Vaccination United Provinces of Agra and Oudh 1902-1913 - 1902-1913
Year: 1902
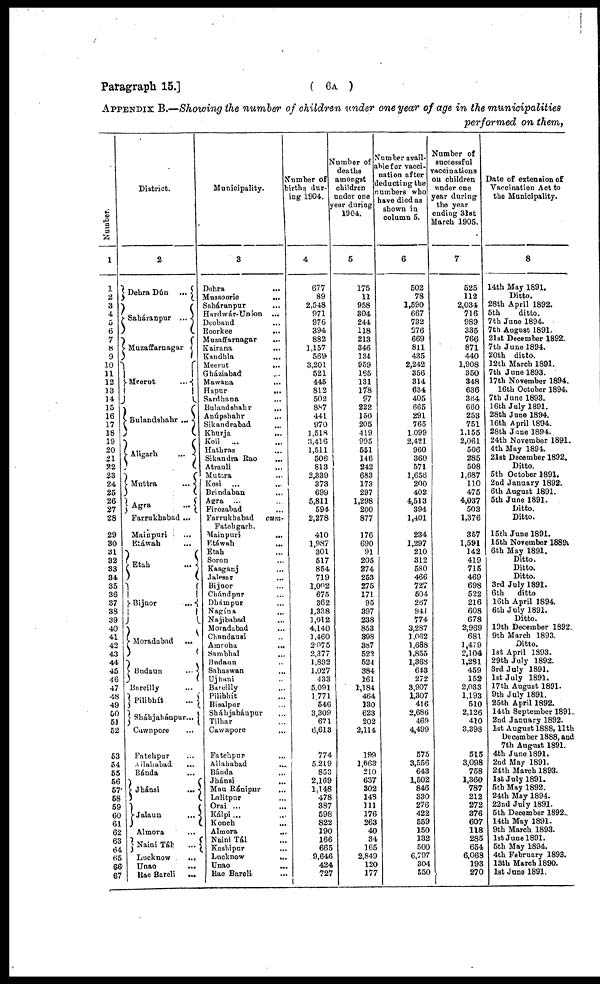
Paragraph 15.]
( 6A )
APPENDIX B.—Showing the number of children under one year of age in the municipalities
performed on them,
Number.
1
1
2
3
4
5
6
7
8
9
10
11
12
13
14
15
16
17
18
19
20
21
22
23
24
25
26
27
28
29
30
31
32
33
34
35
36
37
38
39
40
41
42
43
44
45
46
47
48
49
50
51
52
53
54
55
56
57
58
59
60
61
62
63
64
65
66
67
District.
2
Dehra Dún
...
Saháranpur
...
Muzaffarnagar
Meerut
...
Bulandshahr ...
Aligarh
...
Muttra
...
Agra
...
Farrukhabad ...
Mainpuri
...
Etáwah ...
Etah
...
Bijnor
...
Moradabad
...
Budaun
...
Bareilly ...
Pilibhít
...
Sháhjahánpur...
Cawnpore ...
Fatehpur ...
Allahabad...
Bánda ...
Jhánsi
...
Jalaun ...
Almora ...
Naini Tál ...
Lucknow
...
Unao
...
Rae Bareli
...
Municipality.
3
Dehra
...
Mussoorie
...
Saháranpur ...
Hardwár-Union ...
Deoband ...
Roorkee
Muzaffarnagar ...
Kairana ...
Kandhla
Meerut
...
Gháziabad ...
Mawana
...
Hapur
...
Sardhana ...
Bulandshahr ....
Anúpshahr ...
Sikandrabad ...
Khurja
...
Koil
... ...
Hathras ...
Sikandra Rao
...
Atrauli ...
Muttra ...
Kosi
...
...
Brindaban ...
Agra
...
Firozabad
Farrukhabad
cum¬
Fatehgarh.
Mainpuri
...
Etáwah ...
Etah ...
Soron ...
Kasganj ...
Jalesar ...
Bijnor ...
Chándpur ...
Dhámpur ...
Nagína ...
Najibabad ...
Moradabad ...
Chandausi ...
Amroha
...
Sambhal ...
Budaun ...
Sahaswan
...
Ujhani ...
Bareilly ...
Pilibhít ...
Bisalpur ...
Sháhjahánpur ...
Tilhar ...
Cawnpore
Fatehpur ...
Allahabad
...
Bánda ...
Jhánsi
...
Mau Ránipur ...
Lalitpur
...
Orai ... ...
Kálpi... ...
Konch ...
Almora ...
Naini Tál ...
Kashipur ...
Lucknow ...
Unao ...
Rae Bareli ...
Number of
births dur-
ing 1904.
4
677
89
2,548
971
976
394
882
1,157
569
3,201
521
445
812
502
887
441
970
1,518
3,416
1,511
506
813
2,339
373
699
5,811
594
2,278
410
1,987
301
517
854
719
1,002
675
362
1,338
1,012
4,140
1,460
2,075
2,377
1,892
1,027
433
5,091
1,771
546
3,309
671
6,613
774
5,219
853
2,169
1,148
478
387
598
822
190
166
665
9,646
424
727
Number of
deaths
amongst
children
under one
year during
1904.
5
175
11
958
304
244
118
213
346
134
959
165
131
178
97
222
150
205
419
995
551
146
242
683
173
297
1,298
200
877
176
690
91
205
274
253
275
171
95
397
238
853
898
387
522
524
384
161
1,184
464
130
623
202
2,114
199
1,663
210
667
302
148
111
176
263
40
34
165
2,849
120
177
Number avail-
able for vacci-
nation after
deducting the
numbers who
have died as
shown in
column 5.
6
502
78
1,590
667
732
276
669
811
435
2,242
356
314
634
405
665
291
765
1,099
2,421
960
360
571
1,656
200
402
4,513
394
1,401
234
1,297
210
312
580
466
727
504
267
941
774
3,287
1,062
1,688
1,855
1,368
643
272
3,907
1,307
416
2,686
469
4,499
575
3,556
643
1,502
846
330
276
422
559
150
132
500
6,797
304
550
Number of
successful
vaccinations
on children
under one
year during
the year
ending 31st
March 1905.
7
525
112
2,034
716
989
335
766
871
440
1,908
350
348
636
364
660
253
751
1,155
2,061
506
285
508
1,687
110
475
4,037
503
1,376
357
1,591
142
419
715
469
698
522
216
608
678
2,969
681
1,479
2,104
1,281
459
152
2,033
1,193
510
2,126
410
3,398
515
3,098
758
1,360
787
212
272
376
607
118
285
654
6,068
193
270
Date of extension of
Vaccination Act to
the Municipality.
8
14th May 1891.
Ditto.
28th April 1892.
5th
ditto.
7th June 1894.
7th August 1891.
21st December 1892.
7th June 1894.
20th ditto.
12th March 1891.
7th June 1893.
17th November 1894.
16th October 1894.
7th June 1893.
16th July 1891.
28th June 1894.
16th April 1894.
28th June 1894.
24th November 1891.
4th May 1894.
21st December 1892.
Ditto.
5th October 1891.
2nd January 1892.
6th August 1891.
5th June 1891.
Ditto.
Ditto.
15th June 1891.
15th November 1889.
6th May 1891.
Ditto.
Ditto.
Ditto.
3rd July 1891.
6th
ditto
16th April 1894.
6th July 1891.
Ditto.
19th December 1892..
9th March 1893.
Ditto.
1st April 1893.
29th July 1892.
3rd July 1891.
1st July 1891.
17th August 1891.
9th July 1891.
25th April 1892.
14th September 1891.
2nd January 1892.
1st August 1888,11th
December 1888, and
7th August 1891.
4th June 1891.
2nd May 1891.
24th March 1893.
1st July 1891.
5th May 1892.
24th May 1894.
22nd July 1891.
5th December 1892.
14th May 1891.
9th March 1893.
1st June 1891.
5th May 1894.
4th February 1893.
13th March 1890.
1st June 1891.